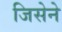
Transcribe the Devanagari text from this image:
जिसेने